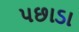
પછાડા